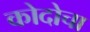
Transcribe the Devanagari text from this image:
कोदोचा